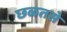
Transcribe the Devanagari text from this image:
छळतसे